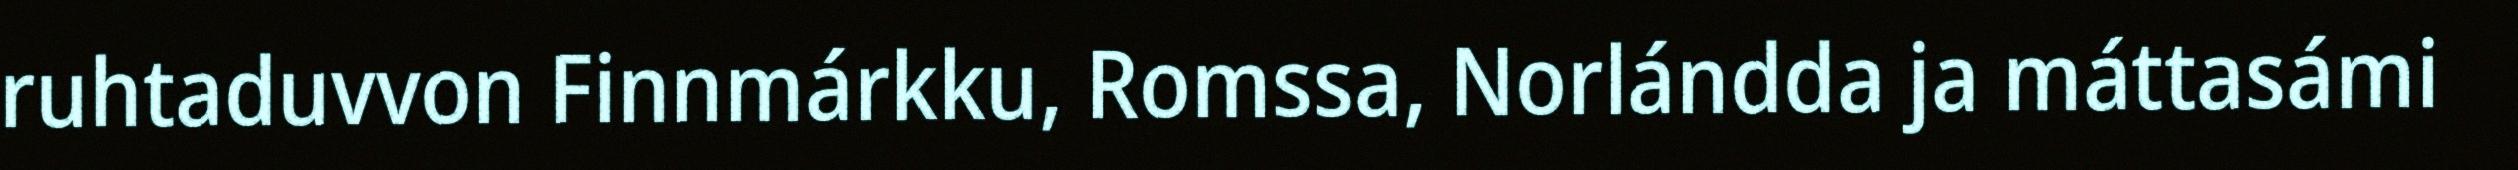
ruhtaduvvon Finnmárkku, Romssa, Norlándda ja máttasámi